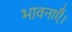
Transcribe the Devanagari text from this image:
भावनाएँ।